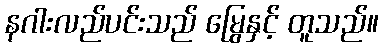
နဂါးလည်ပင်းသည် မြွေနှင့် တူသည်။